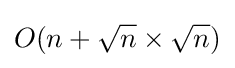
O(n+{\sqrt {n}}\times {\sqrt {n}})